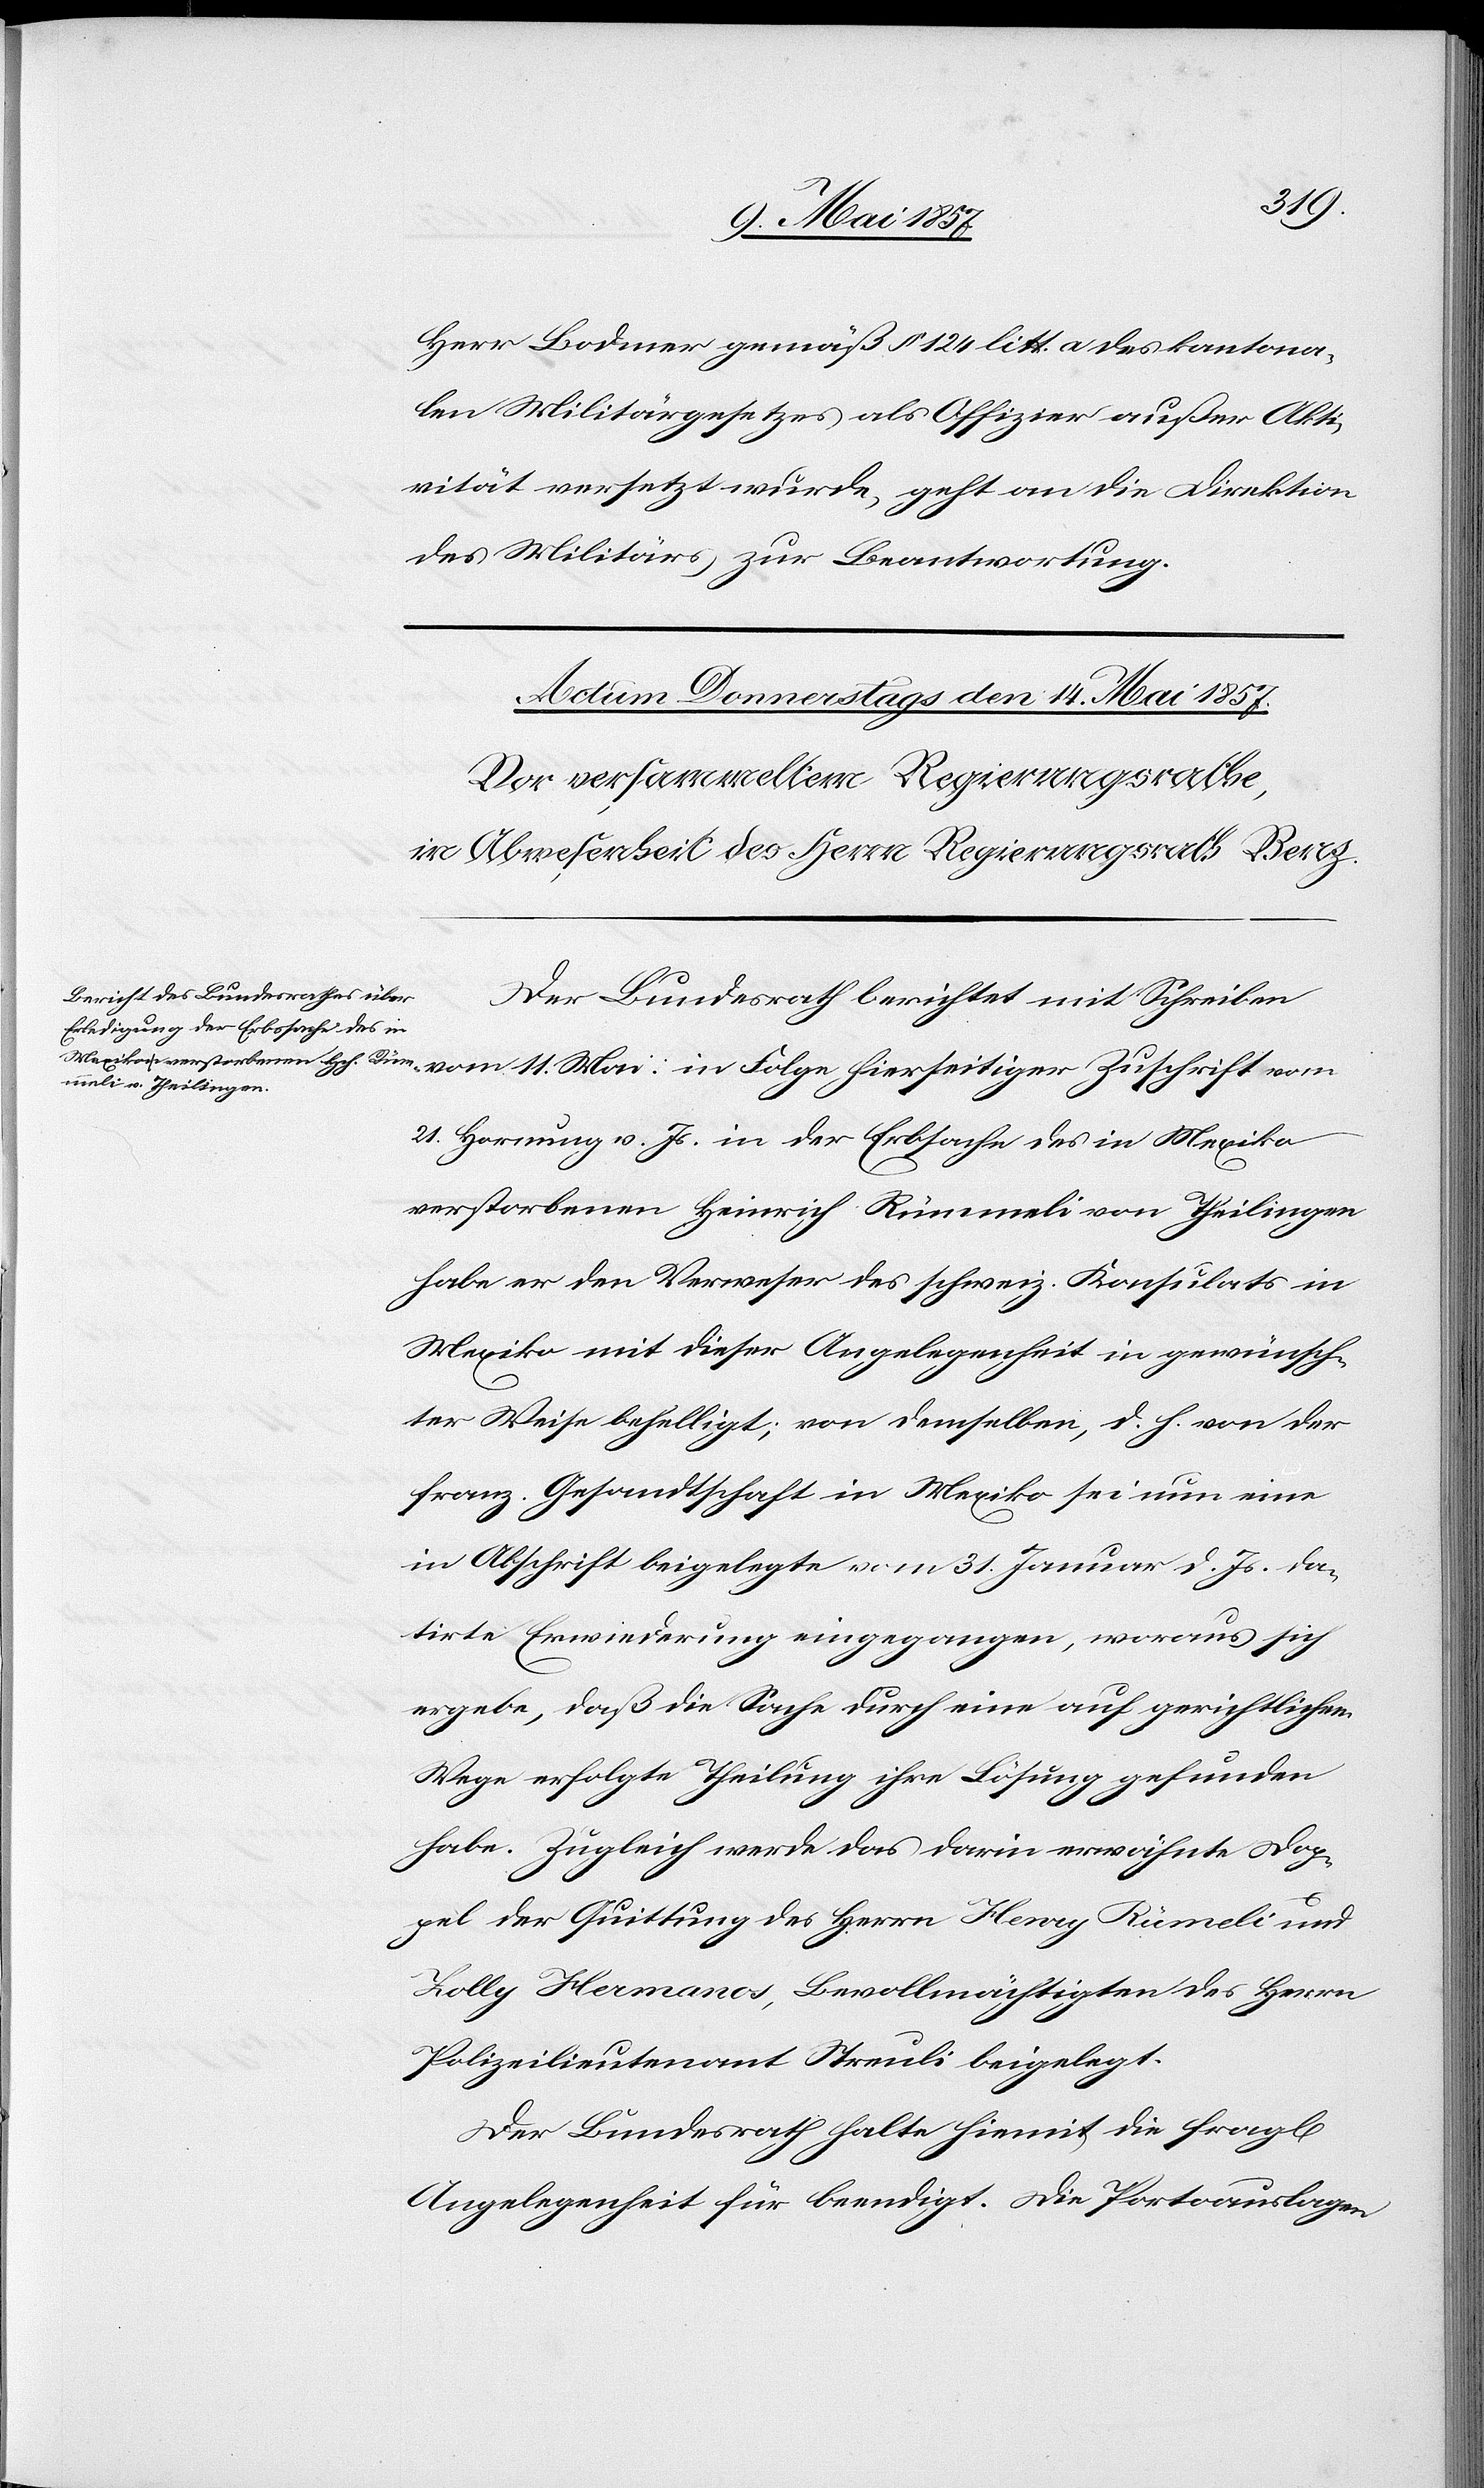
Folge
Herr Bodmer gemäß § 124 litt. a des kantona¬
len Militärgesetzes als Offizier außer Akti¬
vität versetzt wurde, geht an die Direktion
des Militärs zur Beantwortung.
Der Bundesrath berichtet mit Schreiben
21 Hornung v. Js. in der Erbsache des in Mexiko
verstorbenen Heinrich Rümmeli von Theilingen
habe er den Verweser des schweiz. Konsulats in
Mexico mit dieser Angelegenheit in gewünsch¬
ter Weise behelligt; von demselben, d. h. von der
franz. Gesandtschaft in Mexiko sei nun eine
in Abschrift beigelegte vom 31 Januar d. Js. da¬
tirte Erwiederung eingegangen, woraus sich
ergebe, daß die Sache durch eine auf gerichtlichem
Wege erfolgte Theilung ihre Lösung gefunden
habe. Zugleich werde das darin erwähnte Dop¬
pel der Quittung des Herrn Henry Rümeli
Lolly Hermanos, Bevollmächtigten des Herrn
Polizeilieutnant Streuli beigelegt.
Der Bundesrath halte hiemit die fragl.
Angelegenheit für beendigt. Die Portoauslagen